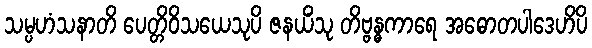
သမ္ပဟံသနာတိ ပေတ္တိဝိသယေသုပိ ဇနယိံသု တိဗ္ဗန္ဓကာရေ အဓောတပါဒေဟိပိ